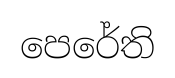
පෙරේති